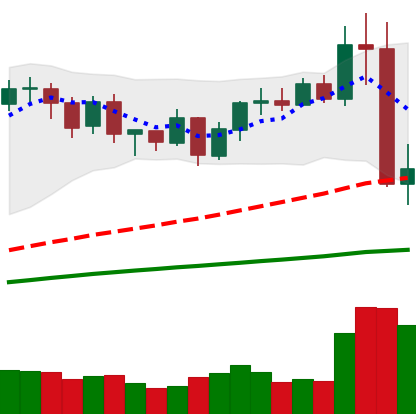
Ticker: BNB-USD
Chart end date: 2020-09-04
Forward return: 16.5%
Label: up_7plus